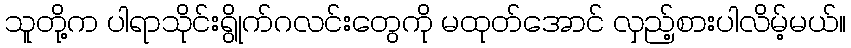
သူတို့က ပါရာသိုင်းရွိုက်ဂလင်းတွေကို မထုတ်အောင် လှည့်စားပါလိမ့်မယ်။